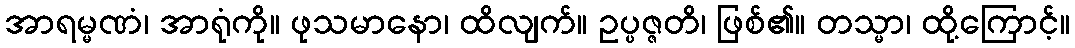
အာရမ္မဏံ၊ အာရုံကို။ ဖုသမာနော၊ ထိလျက်။ ဥပ္ပဇ္ဇတိ၊ ဖြစ်၏။ တသ္မာ၊ ထို့ကြောင့်။